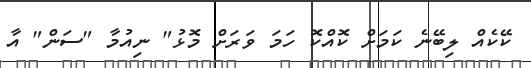
ކޭކެއް ލިބޭނެ ކަމަށް ކޮއްކޮ ހަމަ ވަރަށް މޮޅު" ނިއުމާ "ސަން" އާ